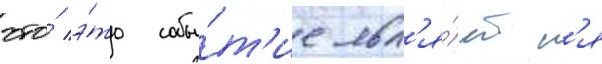
что́ э́то собы́т'ие явл'я́етс'я